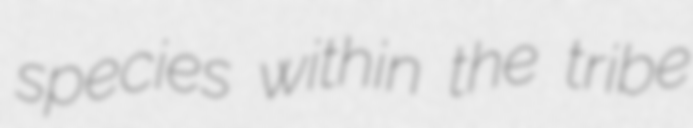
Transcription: species within the tribe